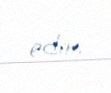
edir.